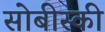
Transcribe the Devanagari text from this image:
सोबीस्की